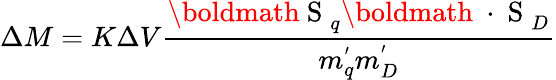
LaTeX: \Delta M=K\Delta V\frac{\mathrm{\boldmath~S~}_{q}\mathrm{\boldmath~\cdot~S~}_{D}}{m_{q}^{'}m_{D}^{'}}